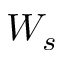
W _ { s }